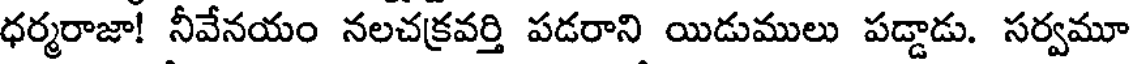
ధర్మరాజా! నీవేనయం నలచక్రవర్తి పడరాని యిడుములు పడ్డాడు. సర్వమూ